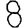
Digit: 8